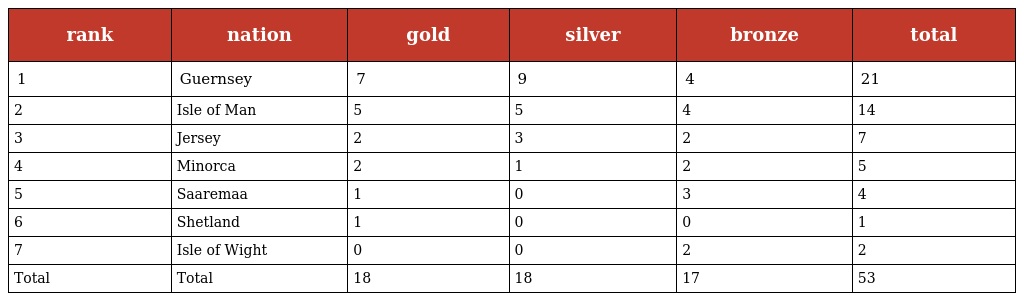
| rank | nation | gold | silver | bronze | total |
 | --- | --- | --- | --- | --- | --- |
 | 1 | Guernsey | 7 | 9 | 4 | 21 |
 | 2 | Isle of Man | 5 | 5 | 4 | 14 |
 | 3 | Jersey | 2 | 3 | 2 | 7 |
 | 4 | Minorca | 2 | 1 | 2 | 5 |
 | 5 | Saaremaa | 1 | 0 | 3 | 4 |
 | 6 | Shetland | 1 | 0 | 0 | 1 |
 | 7 | Isle of Wight | 0 | 0 | 2 | 2 |
 | Total | Total | 18 | 18 | 17 | 53 |